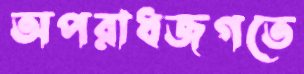
অপরাধজগতে